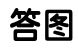
答图